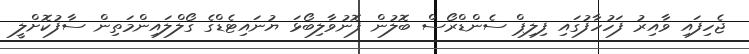
ޖެހިފައި ވާއިރު ފަހުހާފުގައި ފިލިޕް ސެންޑްރޯސް ބޮލުން ފޮނުވާލިބޯޅަ ޔުނައިޓެޑްގެ ގޯލްލައިންމަތިން ސާފުކޮށްލީ